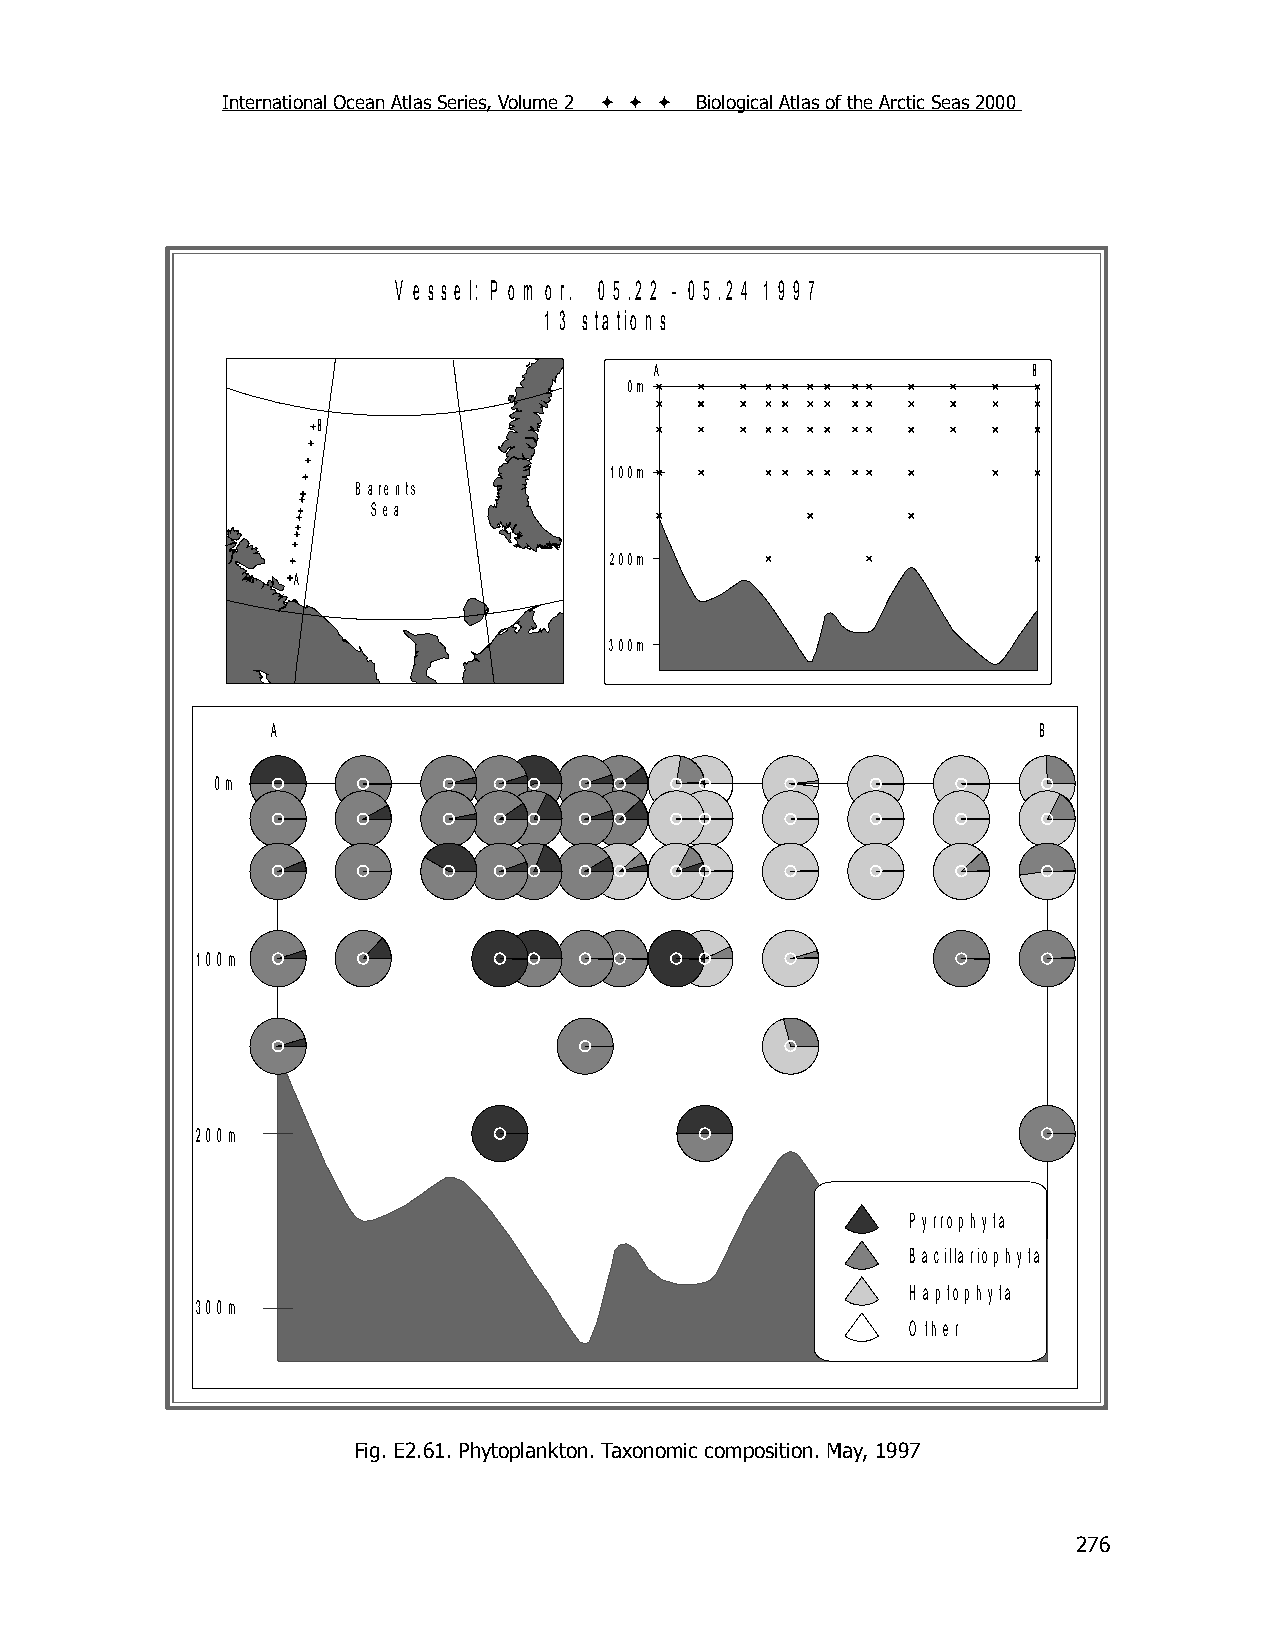
International Ocean Atlas Series, Volume 2    Biological Atlas of the Arctic Seas 2000
 V e s s e l: P o m o r. 0 5 .2 2 - 0 5 .2 4 1 9 9 7
 1 3 s ta tio n s
 A                        B
 0m
 B
 100m
 B arents
 S ea
 200m
 A
 300m
 A                                                  B
 0m
 100m
 200m
 P yrro p h yta
 B a cilla rio p h yta
 H a p to p h yta
 300m
 O th e r
 Fig. E2.61. Phytoplankton. Taxonomic composition. May, 1997
 276